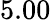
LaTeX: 5.00